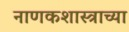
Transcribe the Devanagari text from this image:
नाणकशास्त्राच्या